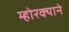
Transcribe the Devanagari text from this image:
म्होरक्याने